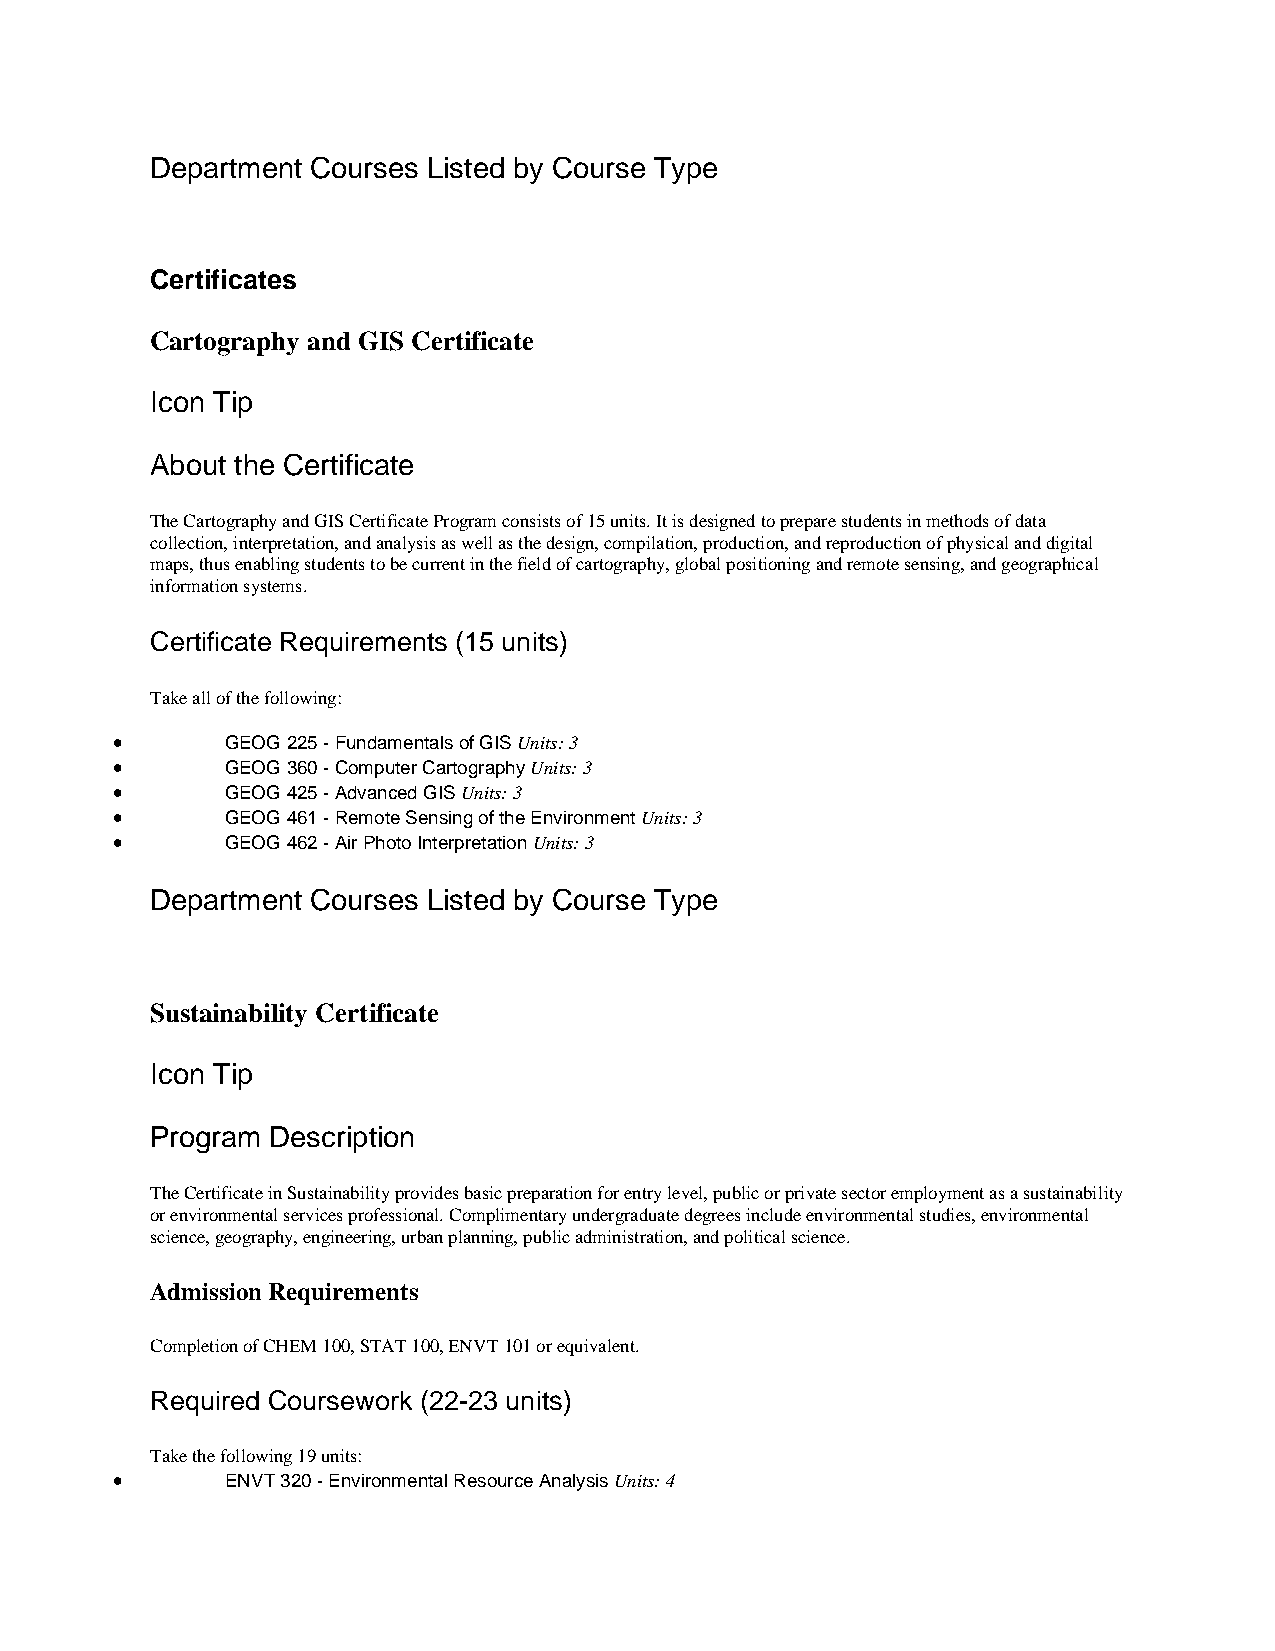
Department Courses Listed by Course Type
 Certificates
 Cartography and GIS Certificate
 Icon Tip
 About the Certificate
 The Cartography and GIS Certificate Program consists of 15 units. It is designed to prepare students in methods of data
 collection, interpretation, and analysis as well as the design, compilation, production, and reproduction of physical and digital
 maps, thus enabling students to be current in the field of cartography, global positioning and remote sensing, and geographical
 information systems.
 Certificate Requirements (15 units)
 Take all of the following:
 •       GEOG 225 - Fundamentals of GIS Units: 3
 •       GEOG 360 - Computer Cartography Units: 3
 •       GEOG 425 - Advanced GIS Units: 3
 •       GEOG 461 - Remote Sensing of the Environment Units: 3
 •       GEOG 462 - Air Photo Interpretation Units: 3
 Department Courses Listed by Course Type
 Sustainability Certificate
 Icon Tip
 Program Description
 The Certificate in Sustainability provides basic preparation for entry level, public or private sector employment as a sustainability
 or environmental services professional. Complimentary undergraduate degrees include environmental studies, environmental
 science, geography, engineering, urban planning, public administration, and political science.
 Admission Requirements
 Completion of CHEM 100, STAT 100, ENVT 101 or equivalent.
 Required Coursework (22-23 units)
 Take the following 19 units:
 •       ENVT 320 - Environmental Resource Analysis Units: 4